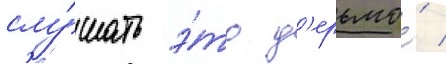
слу́шать э́то д'ерьмо́ /